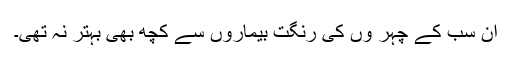
ان سب کے چہر وں کی رنگت بیماروں سے کچھ بھی بہتر نہ تھی۔